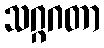
သဂ္ဂဂတာ